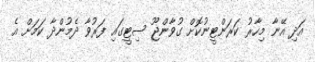
އަދި އޭނާ މިހާރު ކަރަންޓީނުކޮށް ގުވާންޖޫ ސިޓީގައި ފަރުވާ ދެމުންދާ ކަމަށް އެ